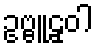
ဥဗ္ဗူဠှဝါ